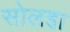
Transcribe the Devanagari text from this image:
सोलहा